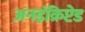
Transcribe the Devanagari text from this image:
अनइंक्रिप्टेड